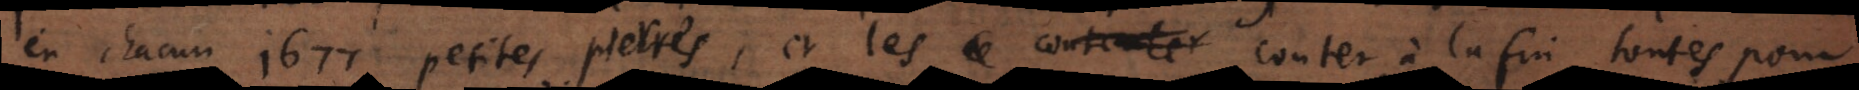
en chacun 1677 petites pierres, et les conter à la fin toutes pour